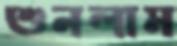
শুনলাম